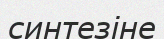
синтезіне